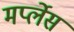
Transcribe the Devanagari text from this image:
मर्प्लेस